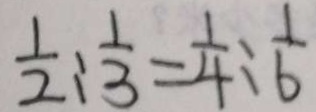
\frac { 1 } { 2 } : \frac { 1 } { 3 } = \frac { 1 } { 4 } : \frac { 1 } { 6 }